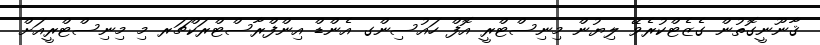
ޤާނޫނީގޮތުން ގެޒެޓްކުރެވޭ ލިޔުން މިނިސްޓްރީ އޮފް ހައުސިންގ އެންޑް އިންފްރާސްޓްރަކްޗަރ މި މިނިސްޓްރީއަށް